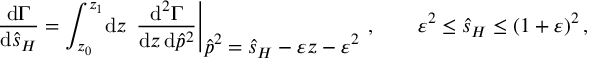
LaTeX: \frac { \mathrm { d } \Gamma } { \mathrm { d } \hat { s } _ { H } } = \int _ { z _ { 0 } } ^ { z _ { 1 } } \! \mathrm { d } z \, \left. \frac { \mathrm { d } ^ { 2 } \Gamma } { \mathrm { d } z \, \mathrm { d } \hat { p } ^ { 2 } } \right| _ { \displaystyle \hat { p } ^ { 2 } = \hat { s } _ { H } - \varepsilon z - \varepsilon ^ { 2 } } \, , \qquad \varepsilon ^ { 2 } \le \hat { s } _ { H } \le ( 1 + \varepsilon ) ^ { 2 } \, ,